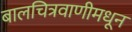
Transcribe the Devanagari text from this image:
बालचित्रवाणीमधून